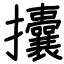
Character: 攮